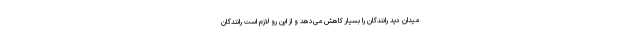
میدان دید رانندگان را بسیار کاهش می‌دهد و از این رو لازم است رانندگان